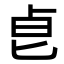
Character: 𠧢